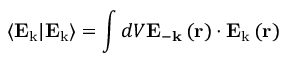
\left\langle \mathbf { E } _ { \mathbf { \mathrm { k } } } | \mathbf { E } _ { \mathbf { \mathrm { k } } } \right\rangle = \int d V \mathbf { E } _ { - \mathrm { \mathbf { k } } } \left( \mathbf { r } \right) \cdot \mathbf { E } _ { \mathbf { \mathrm { k } } } \left( \mathbf { r } \right)